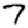
Digit: 7